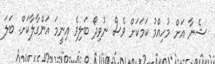
ޝެނާ އަށް މުހިއްމު ކަމަކަށް ވެސް ނުވިދޯ ބަލިވެެ އިނީމަ އަންގާލާކަށް. ބަލަ